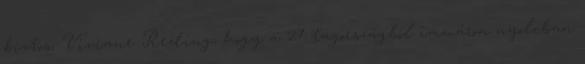
biztos, Viviane Reding, hogy a 27 tagországból immáron nyolcban